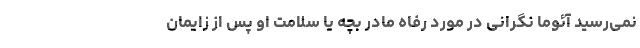
نمی‌رسید آئوما نگرانی در مورد رفاه مادر بچه یا سلامت او پس از زایمان